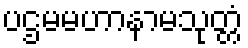
ပဌမမဟာနာမသုတ္တံ